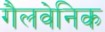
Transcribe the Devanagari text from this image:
गैलवेनिक